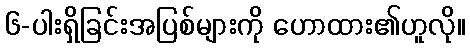
၆-ပါးရှိခြင်းအပြစ်များကို ဟောထား၏ဟူလို။